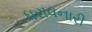
ધરાવનારી